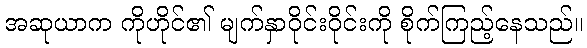
အဆုယာက ကိုဟိုင်၏ မျက်နှာဝိုင်းဝိုင်းကို စိုက်ကြည့်နေသည်။